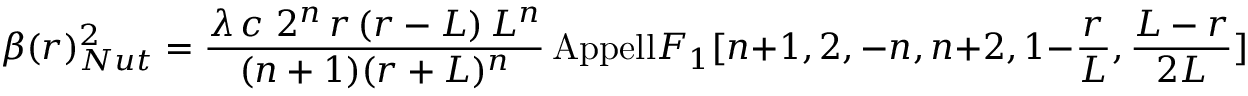
\beta ( r ) _ { N u t } ^ { 2 } = \frac { \lambda \, c \, \, 2 ^ { n } \, r \, ( r - L ) \, L ^ { n } } { ( n + 1 ) ( r + L ) ^ { n } } \, \mathrm { { A p p e l l } } F _ { 1 } [ n + 1 , 2 , - n , n + 2 , 1 - \frac { r } { L } , \frac { L - r } { 2 L } ] .